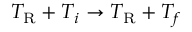
T _ { \mathrm { R } } + T _ { i } \rightarrow T _ { \mathrm { R } } + T _ { f }